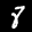
Label: 8